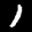
Label: 1